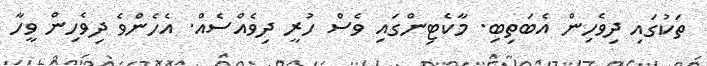
ތަކުގައި ދިވެހިން އެބަތިބި. މާކެޓިންގައި ވެސް ހުރީ ދިވެއްސެއް. އެހެންވެ ދިވެހިން ވީހާ